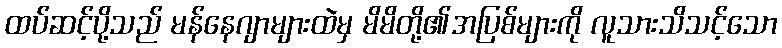
ထပ်ဆင့်ပို့သည် မန်နေဂျာများထဲမှ မိမိတို့၏အပြစ်များကို လူသားသိသင့်သော